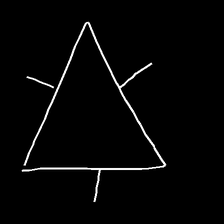
Glyph: fire